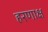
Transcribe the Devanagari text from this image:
हरणाक्ष